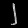
Digit: ၂